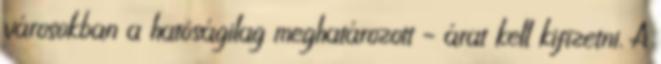
városokban a hatóságilag meghatározott – árat kell kifizetni. A